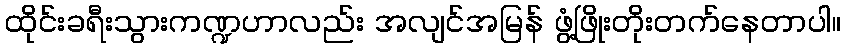
ထိုင်းခရီးသွားကဏ္ဍဟာလည်း အလျင်အမြန် ဖွံ့ဖြိုးတိုးတက်နေတာပါ။